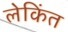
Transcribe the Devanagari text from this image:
लेकिंत